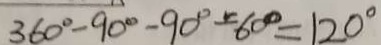
3 6 0 ^ { \circ } - 9 0 ^ { \circ } - 9 0 ^ { \circ } - 6 0 ^ { \circ } = 1 2 0 ^ { \circ }